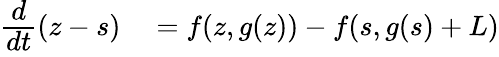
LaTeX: \begin{array}{rl}{\cfrac{d}{dt}(z-s)}&{{}=f(z,g(z))-f(s,g(s)+L)}\end{array}